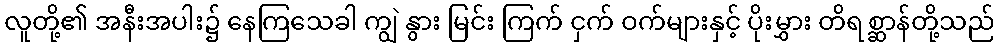
လူတို့၏ အနီးအပါး၌ နေကြသေခါ ကျွဲ နွား မြင်း ကြက် ငှက် ဝက်များနှင့် ပိုးမွှား တိရစ္ဆာန်တို့သည်